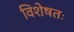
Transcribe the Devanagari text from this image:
विशेषतः